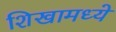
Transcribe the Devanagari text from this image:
शिखामध्ये